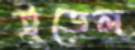
ট্রুডেল